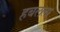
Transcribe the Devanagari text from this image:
हबलला